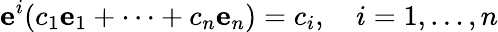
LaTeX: \mathbf{e}^{i}(c_{1}\mathbf{e}_{1}+\cdots+c_{n}\mathbf{e}_{n})=c_{i},\quad i=1,\ldots,n